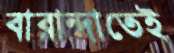
বারান্দাতেই